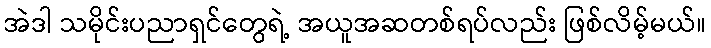
အဲဒါ သမိုင်းပညာရှင်တွေရဲ့ အယူအဆတစ်ရပ်လည်း ဖြစ်လိမ့်မယ်။